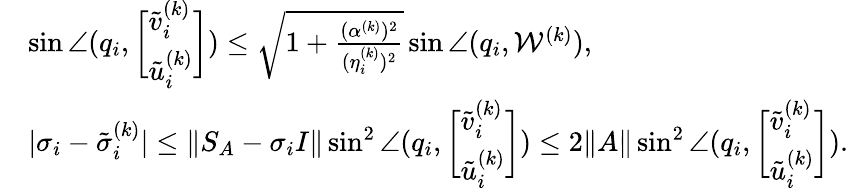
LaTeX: \begin{array}{rl}&{\sin\angle(q_{i},\biggl[\begin{array}{l}{\tilde{v}_{i}^{(k)}}\\ {\tilde{u}_{i}^{(k)}}\end{array}\biggr])\leq\sqrt{1+\frac{(\alpha^{(k)})^{2}}{(\eta_{i}^{(k)})^{2}}}\sin\angle(q_{i},\mathcal{W}^{(k)}),}\\ &{|\sigma_{i}-\tilde{\sigma}_{i}^{(k)}|\leq\| S_{A}-\sigma_{i}I\| \sin^{2}\angle(q_{i},\biggl[\begin{array}{l}{\tilde{v}_{i}^{(k)}}\\ {\tilde{u}_{i}^{(k)}}\end{array}\biggr])\leq 2\| A\| \sin^{2}\angle(q_{i},\biggl[\begin{array}{l}{\tilde{v}_{i}^{(k)}}\\ {\tilde{u}_{i}^{(k)}}\end{array}\biggr]).}\end{array}